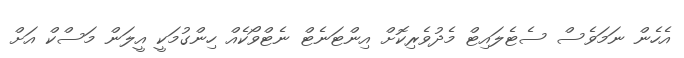
އެހެން ނަމަވެސް ސެޓެލައިޓް މެދުވެރިކޮށް އިންޓަނެޓް ނެޓްވޯކެއް ހިންގުމަކީ އީލަން މަސްކް އަށް